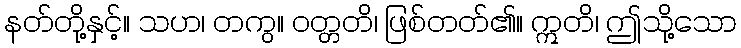
နတ်တို့နှင့်။ သဟ၊ တကွ။ ဝတ္တတိ၊ ဖြစ်တတ်၏။ ဣတိ၊ ဤသို့သော